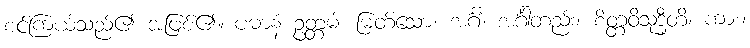
စင်ကြယ်သည်၏ အဖြစ်၏။ ပဓာနံ ဥတ္တမံ၊ မြတ်သော။ အင်္ဂံ၊ အင်္ဂါတည်း။ စိတ္တဝိသုဒ္ဓီတိ၊ ကား။